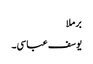
برملا
یوسف عباسی۔